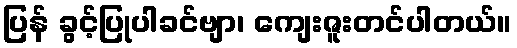
ပြန် ခွင့်ပြုပါခင်ဗျာ၊ ကျေးဇူးတင်ပါတယ်။